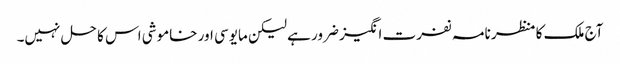
آج ملک کا منظر نامہ نفرت انگیز ضرور ہے لیکن مایوسی اور خاموشی اس کا حل نہیں۔